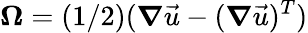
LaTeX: \boldsymbol{\Omega}=(1/2)(\boldsymbol{\nabla}\vec{u}-(\boldsymbol{\nabla}\vec{u})^{T})